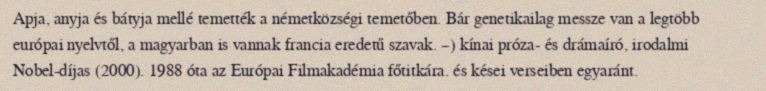
Apja, anyja és bátyja mellé temették a németközségi temetőben. Bár genetikailag messze van a legtöbb európai nyelvtől, a magyarban is vannak francia eredetű szavak. –) kínai próza- és drámaíró, irodalmi Nobel-díjas (2000). 1988 óta az Európai Filmakadémia főtitkára. és kései verseiben egyaránt.